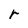
Character: r